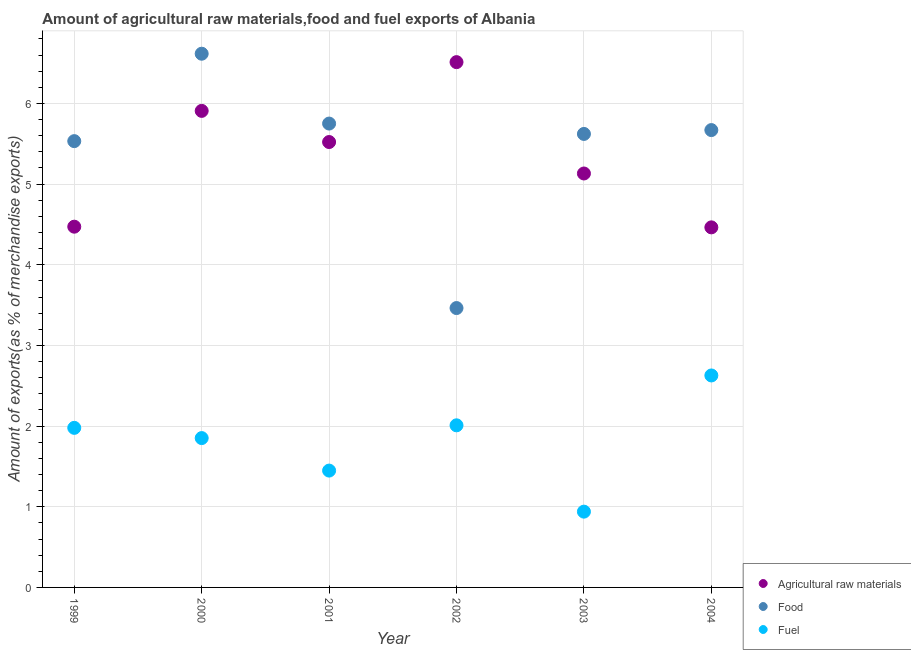
| Year | Agricultural raw materials | Food | Fuel |
 | --- | --- | --- | --- |
 | 1999 | 4.47 | 5.53 | 1.98 |
 | 2000 | 5.91 | 6.62 | 1.85 |
 | 2001 | 5.52 | 5.75 | 1.45 |
 | 2002 | 6.51 | 3.46 | 2.01 |
 | 2003 | 5.13 | 5.62 | 0.939 |
 | 2004 | 4.46 | 5.67 | 2.63 |